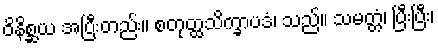
ဝိနိစ္ဆယ အပြီးတည်း။ စတုတ္ထသိက္ခာပဒံ၊ သည်။ သမတ္တံ၊ ပြီးပြီး၊